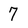
Character: 7